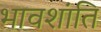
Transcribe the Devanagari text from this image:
भावशांति